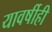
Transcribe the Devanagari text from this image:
यावर्षीही